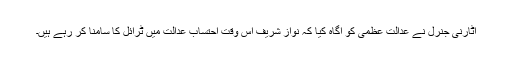
اٹارنی جنرل نے عدالت عظمیٰ کو آگاہ کیا کہ نواز شریف اس وقت احتساب عدالت میں ٹرائل کا سامنا کر رہے ہیں۔